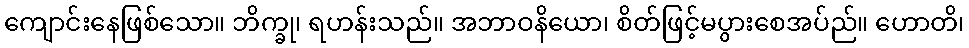
ကျောင်းနေဖြစ်သော။ ဘိက္ခု၊ ရဟန်းသည်။ အဘာဝနိယော၊ စိတ်ဖြင့်မပွားစေအပ်ည်။ ဟောတိ၊